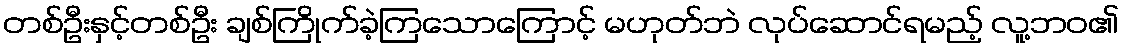
တစ်ဦးနှင့်တစ်ဦး ချစ်ကြိုက်ခဲ့ကြသောကြောင့် မဟုတ်ဘဲ လုပ်ဆောင်ရမည့် လူ့ဘဝ၏